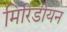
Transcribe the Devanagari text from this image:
मिरिडीयन